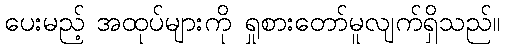
ပေးမည့် အထုပ်များကို ရှုစားတော်မူလျက်ရှိသည်။